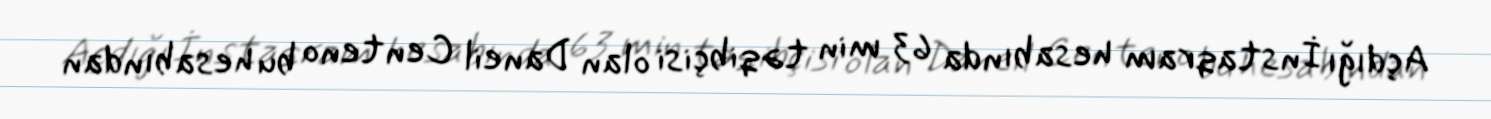
Açdığı İnstaqram hesabında 63 min təqibçisi olan Daneil Centeno bu hesabından